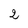
Character: 2